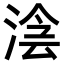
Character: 𣸊